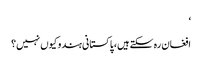
‘
افغان رہ سکتےہیں، پاکستانی ہندو کیوں نہیں؟